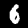
Label: 6